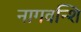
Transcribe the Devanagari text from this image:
नागवन्शि